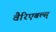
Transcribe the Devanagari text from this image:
वैरिएबल्स्